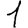
Digit: 1